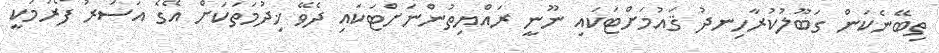
ތިބޭނެކަން ގަބޫލުކުރާހިނދު ޤައުމަށްޓަކައި ނޫނީ ރައްޔިތުންނަށްޓަކައި ދެވޭ ޚިދުމަތަކަށް އޭގެ އަސަރު ފޯރުމަކީ